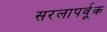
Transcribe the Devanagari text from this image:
सरलापर्वूक